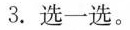
3. 选一选。